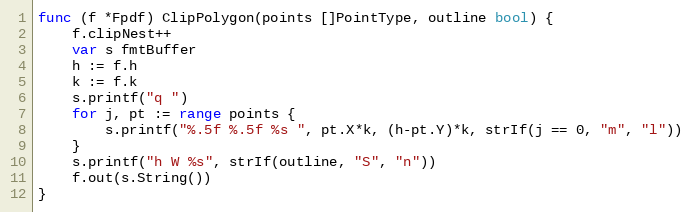
Language: Go
func (f *Fpdf) ClipPolygon(points []PointType, outline bool) {
	f.clipNest++
	var s fmtBuffer
	h := f.h
	k := f.k
	s.printf("q ")
	for j, pt := range points {
		s.printf("%.5f %.5f %s ", pt.X*k, (h-pt.Y)*k, strIf(j == 0, "m", "l"))
	}
	s.printf("h W %s", strIf(outline, "S", "n"))
	f.out(s.String())
}